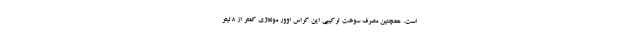
است. همچنین مصرف سوخت ترکیبی این کراس اوور مونتاژی کمتر از ۸ لیتر